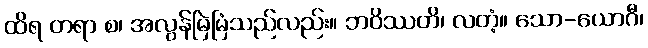
ထိရ တရာ စ၊ အလွန်မြဲမြံသည်လည်း။ ဘဝိဿတိ၊ လတံ့။ သော-ယောဂီ၊